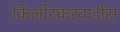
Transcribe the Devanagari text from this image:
किर्लोस्करवाडीस